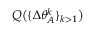
Q \big ( \{ \Delta \theta _ { A } ^ { k } \} _ { k > 1 } \big )